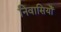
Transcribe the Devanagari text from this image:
निवासियोँ